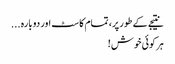
نتیجے کے طور پر، تمام کاسٹ اور دوبارہ ...
ہر کوئی خوش!